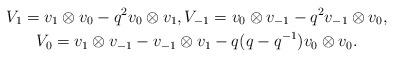
LaTeX: \begin{gather*}V_1 = v_1 \otimes v_0 - q^2 v_0 \otimes v_1, V_{-1} = v_0 \otimes v_{-1} - q^2 v_{-1} \otimes v_0, \\V_0 = v_1 \otimes v_{-1} - v_{-1} \otimes v_1 - q (q - q^{-1}) v_0 \otimes v_0.\end{gather*}